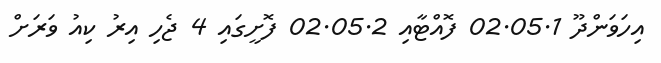
އިހަވަންދޫ 02.05.1 ފޮއްޓާއި 02.05.2 ފޮށީގައި 4 ޖެހި އިރު ކިއު ވަރަށް